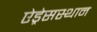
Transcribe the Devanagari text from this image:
ऐड्रेसस्थान